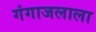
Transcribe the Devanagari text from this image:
गंगाजलाला